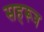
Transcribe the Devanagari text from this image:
सहरूत्र